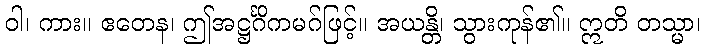
ဝါ၊ ကား။ ဧတေန၊ ဤအဋ္ဌင်္ဂိကမဂ်ဖြင့်။ အယန္တိ၊ သွားကုန်၏။ ဣတိ တသ္မာ၊